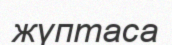
жүптаса